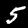
Digit: 5